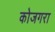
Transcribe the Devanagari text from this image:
कोजगरा